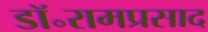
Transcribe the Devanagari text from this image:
डॉ॰रामप्रसाद